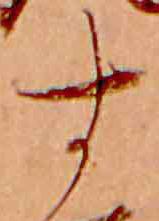
す